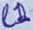
Text: L1